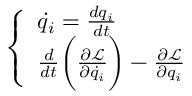
\left\{ \begin{array} { l l } { \dot { q } _ { i } = \frac { d q _ { i } } { d t } } \\ { \frac { d } { d t } \bigg ( \frac { \partial \mathcal { L } } { \partial \dot { q } _ { i } } \bigg ) - \frac { \partial \mathcal { L } } { \partial q _ { i } } } \end{array} \right.